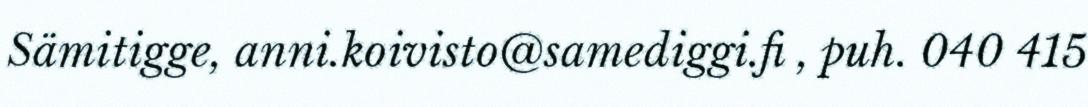
Sämitigge, anni.koivisto@samediggi.fi , puh. 040 415